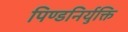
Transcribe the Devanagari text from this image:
पिण्डनिर्युक्ति